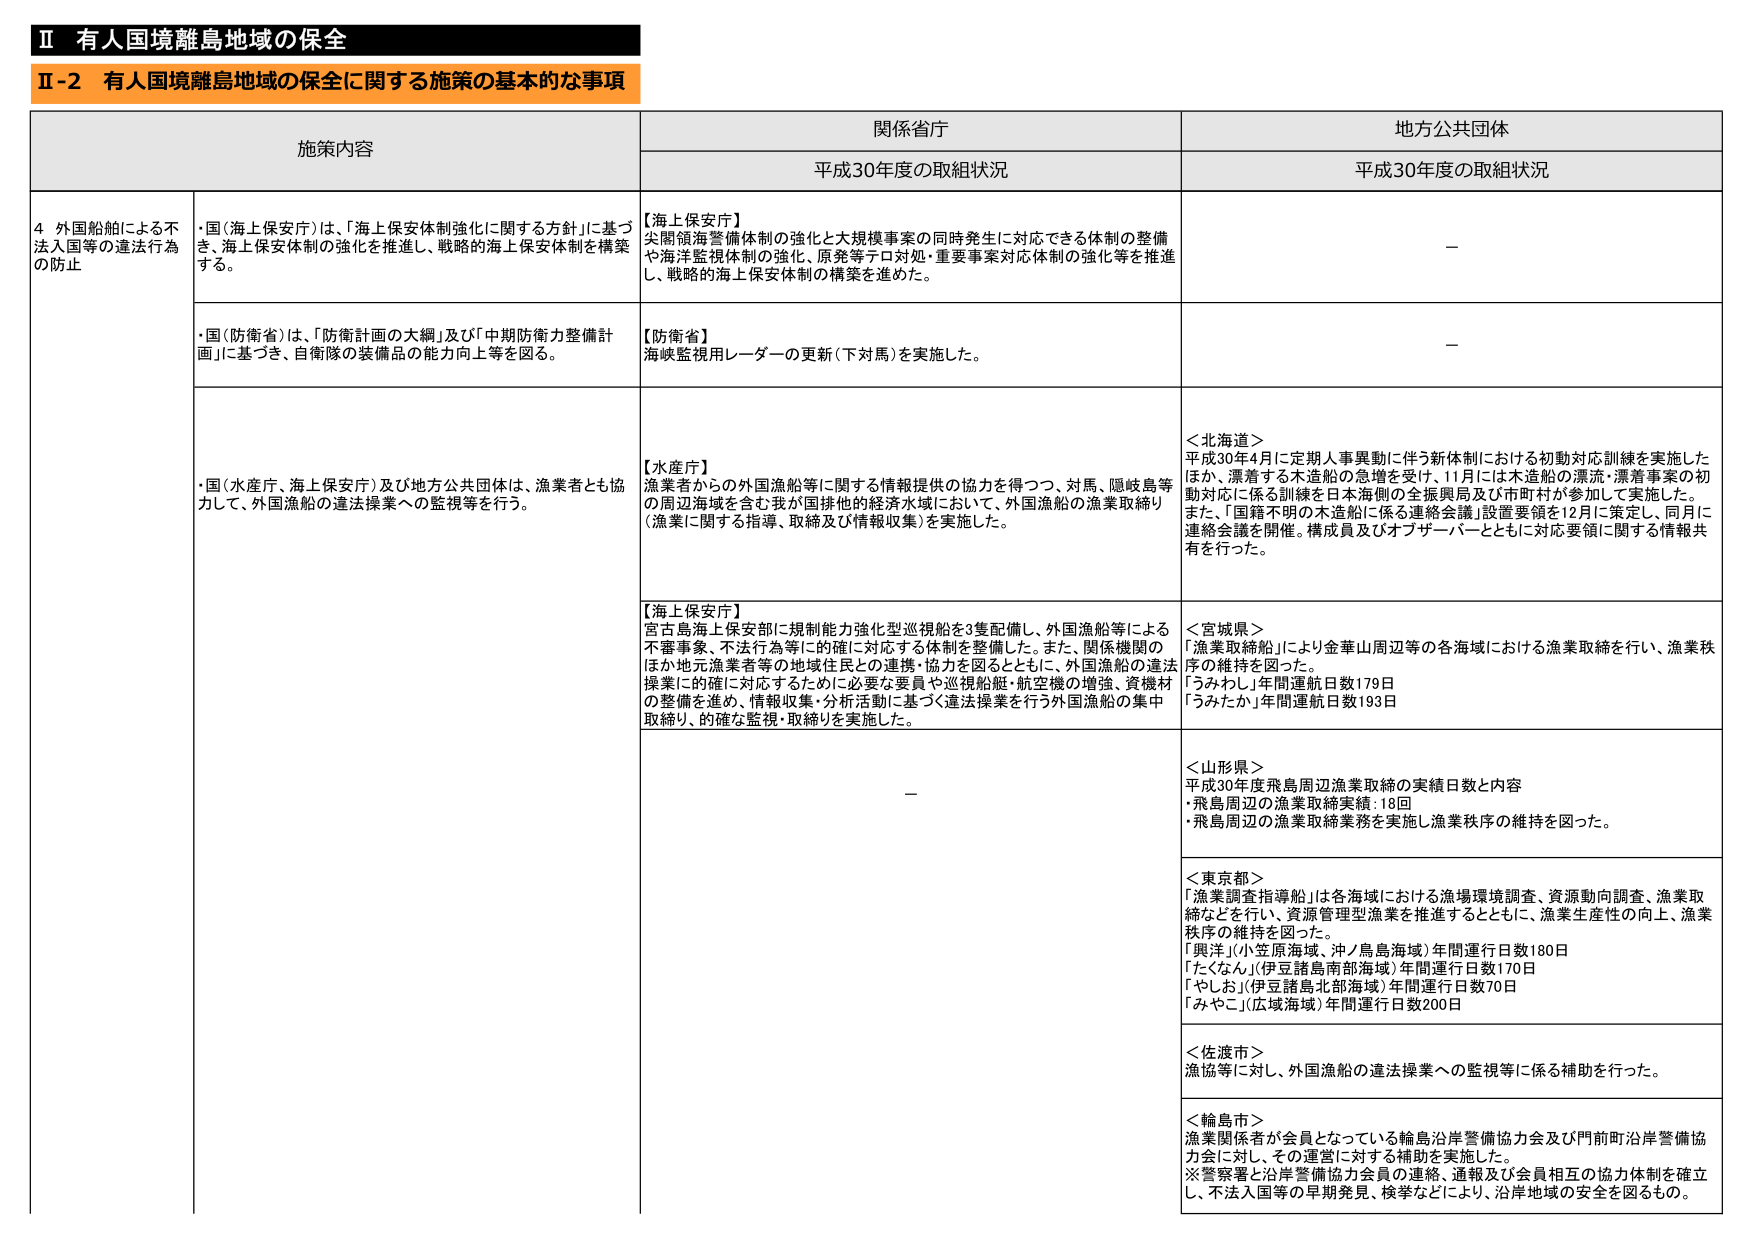
Ⅱ 有人国境離島地域の保全
Ⅱ-2 有人国境離島地域の保全に関する施策の基本的な事項

施策内容 関係省庁 地方公共団体
平成30年度の取組状況 平成30年度の取組状況

4 外国船舶による不法入国等の違法行為の防止

・国（海上保安庁）は、「海上保安体制強化に関する方針」に基づき、海上保安体制の強化を推進し、戦略的海上保安体制を構築する。

【海上保安庁】
尖閣領海警備体制の強化と大規模事案の同時発生に対応できる体制の整備や海洋監視体制の強化、原発等テロ対処・重要事案対応体制の強化等を推進し、戦略的海上保安体制の構築を進めた。

－

・国（防衛省）は、「防衛計画の大綱」及び「中期防衛力整備計画」に基づき、自衛隊の装備品の能力向上等を図る。

【防衛省】
海峡監視用レーダーの更新（下対馬）を実施した。

－

・国（水産庁、海上保安庁）及び地方公共団体は、漁業者とも協力して、外国漁船の違法操業への監視等を行う。

【水産庁】
漁業者からの外国漁船等に関する情報提供の協力を得つつ、対馬、隠岐島等の周辺海域を含む我が国排他的経済水域において、外国漁船の漁業取締り（漁業に関する指導、取締及び情報収集）を実施した。

＜北海道＞
平成30年4月に定期人事異動に伴う新体制における初動対応訓練を実施したほか、漂着する木造船の急増を受け、11月には木造船の漂流・漂着事案の初動対応に係る訓練を日本海側の全振興局及び市町村が参加して実施した。また、「国籍不明の木造船に係る連絡会議」設置要領を12月に策定し、同月に連絡会議を開催。構成員及びオブザーバーとともに対応要領に関する情報共有を行った。

【海上保安庁】
宮古島海上保安部に規制能力強化型巡視船を3隻配備し、外国漁船等による不審事象、不法行為等に的確に対応する体制を整備した。また、関係機関のほか地元漁業者等の地域住民との連携・協力を図るとともに、外国漁船の違法操業に的確に対応するために必要な要員や巡視船艇・航空機の増強、資機材の整備を進め、情報収集・分析活動に基づく違法操業を行う外国漁船の集中取締り、的確な監視・取締りを実施した。

＜宮城県＞
「漁業取締船」により金華山周辺等の各海域における漁業取締を行い、漁業秩序の維持を図った。
「うみわし」年間運航日数179日
「うみたか」年間運航日数193日

－

＜山形県＞
平成30年度飛島周辺漁業取締の実績日数と内容
・飛島周辺の漁業取締実績：18回
・飛島周辺の漁業取締業務を実施し漁業秩序の維持を図った。

＜東京都＞
「漁業調査指導船」は各海域における漁場環境調査、資源動向調査、漁業取締などを行い、資源管理型漁業を推進するとともに、漁業生産性の向上、漁業秩序の維持を図った。
「興洋」（小笠原海域、沖ノ鳥島海域）年間運行日数180日
「たぐなん」（伊豆諸島南部海域）年間運行日数170日
「やしお」（伊豆諸島北部海域）年間運行日数70日
「みやこ」（広域海域）年間運行日数200日

＜佐渡市＞
漁協等に対し、外国漁船の違法操業への監視等に係る補助を行った。

＜輪島市＞
漁業関係者が会員となっている輪島沿岸警備協力会及び門前町沿岸警備協力会に対し、その運営に対する補助を実施した。
※警察署と沿岸警備協力会員の連絡、通報及び会員相互の協力体制を確立し、不法入国等の早期発見、検挙などにより、沿岸地域の安全を図るもの。